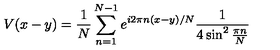
V ( x - y ) = \frac { 1 } { N } \sum _ { n = 1 } ^ { N - 1 } e ^ { i 2 \pi n ( x - y ) / N } \frac { 1 } { 4 \sin ^ { 2 } \frac { \pi n } { N } }